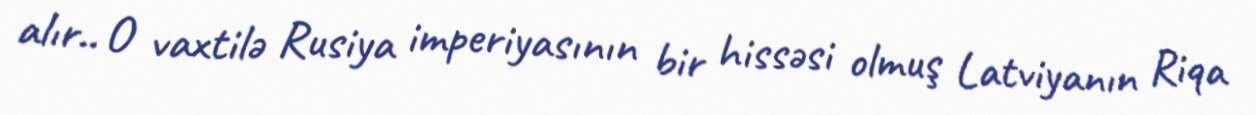
alır.. O vaxtilə Rusiya imperiyasının bir hissəsi olmuş Latviyanın Riqa